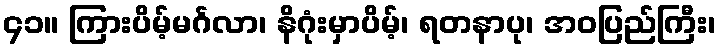
၄၁။ ကြားပိမ့်မင်္ဂလာ၊ နိဂုံးမှာပိမ့်၊ ရတနာပု၊ အဝပြည်ကြီး၊